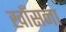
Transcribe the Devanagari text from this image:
खाँसना